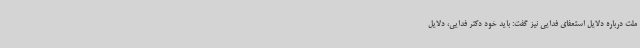
ملت درباره دلایل استعفای فدایی نیز گفت: باید خود دکتر فدایی، دلایل